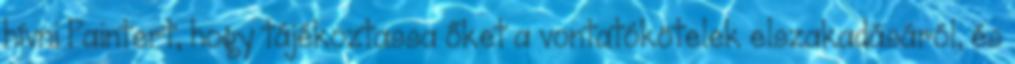
hívni Paintert, hogy tájékoztassa őket a vontatókötelek elszakadásáról, és